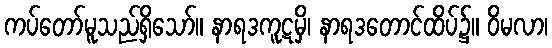
ကပ်တော်မူသည်ရှိသော်။ နာရဒကူဋမှိ၊ နာရဒတောင်ထိပ်၌။ ဝိမလာ၊